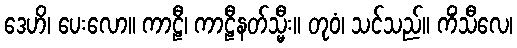
ဒေဟိ၊ ပေးလော။ ကာဠီ၊ ကာဠီနတ်သ္မီး။ တုဝံ၊ သင်သည်။ ကိံသီလေ၊